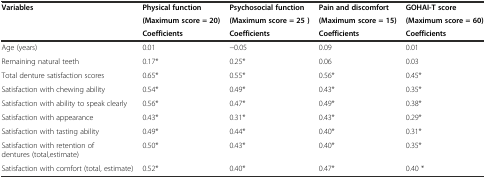
<table><thead><tr><td rowspan="3"><b>Variables</b></td><td><b>Physical function</b></td><td><b>Psychosocial function</b></td><td><b>Pain and discomfort</b></td><td><b>GOHAI-T score</b></td></tr><tr><td><b>(Maximum score = 20)</b></td><td><b>(Maximum score = 25 )</b></td><td><b>(Maximum score = 15)</b></td><td><b>(Maximum score = 60)</b></td></tr><tr><td><b>Coefficients</b></td><td><b>Coefficients</b></td><td><b>Coefficients</b></td><td><b>Coefficients</b></td></tr></thead><tbody><tr><td>Age (years)</td><td>0.01</td><td>−0.05</td><td>0.09</td><td>0.01</td></tr><tr><td>Remaining natural teeth</td><td>0.17*</td><td>0.25*</td><td>0.06</td><td>0.03</td></tr><tr><td>Total denture satisfaction scores</td><td>0.65*</td><td>0.55*</td><td>0.56*</td><td>0.45*</td></tr><tr><td>Satisfaction with chewing ability</td><td>0.54*</td><td>0.49*</td><td>0.43*</td><td>0.35*</td></tr><tr><td>Satisfaction with ability to speak clearly</td><td>0.56*</td><td>0.47*</td><td>0.49*</td><td>0.38*</td></tr><tr><td>Satisfaction with appearance</td><td>0.43*</td><td>0.31*</td><td>0.43*</td><td>0.29*</td></tr><tr><td>Satisfaction with tasting ability</td><td>0.49*</td><td>0.44*</td><td>0.40*</td><td>0.31*</td></tr><tr><td>Satisfaction with retention of dentures (total,estimate)</td><td>0.50*</td><td>0.43*</td><td>0.40*</td><td>0.35*</td></tr><tr><td>Satisfaction with comfort (total, estimate)</td><td>0.52*</td><td>0.40*</td><td>0.47*</td><td>0.40 *</td></tr></tbody></table>